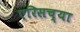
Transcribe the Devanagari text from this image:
एरिसच्या